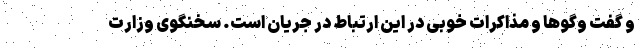
و گفت وگوها و مذاکرات خوبی در این ارتباط در جریان است. سخنگوی وزارت